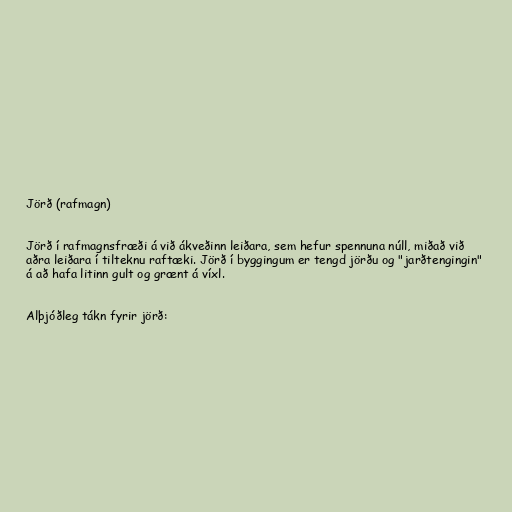
Jörð (rafmagn)

Jörð í rafmagnsfræði á við ákveðinn leiðara, sem hefur spennuna núll, miðað við
aðra leiðara í tilteknu raftæki. Jörð í byggingum er tengd jörðu og "jarðtengingin"
á að hafa litinn gult og grænt á víxl.

Alþjóðleg tákn fyrir jörð: